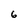
Character: 6